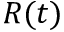
R ( t )